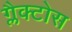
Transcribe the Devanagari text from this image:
ग्लैक्टोस